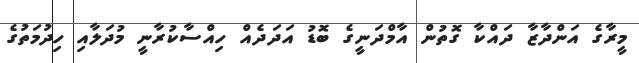
މީރާގެ އަންދާޒާ ދައްކާ ގޮތުން އާމްދަނީގެ ބޮޑު އަދަދެއް ހިއްސާކުރާނީ މުދަލާއި ހިދުމަތުގެ